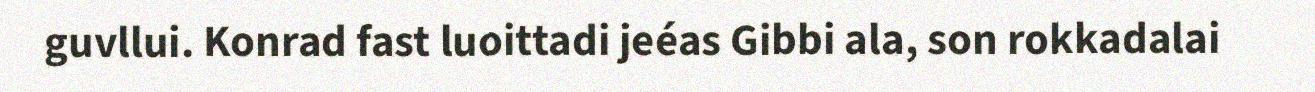
guvllui. Konrad fast luoittadi jeéas Gibbi ala, son rokkadalai